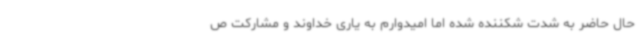
حال حاضر به شدت شکننده شده اما امیدوارم به یاری خداوند و مشارکت ص